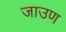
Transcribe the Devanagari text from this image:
जाउण